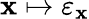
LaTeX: \mathbf{x}\mapsto\varepsilon_{\mathbf{x}}